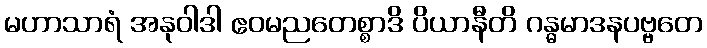
မဟာသာရံ အနုဝါဒါ ဧဝမညတေစ္စာဒိ ပိယာနီတိ ဂန္ဓမာဒနပဗ္ဗတေ